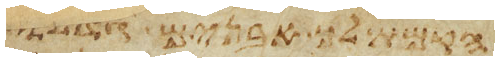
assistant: והקמת לך אבנים גדלות